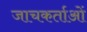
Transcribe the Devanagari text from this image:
जाचकर्ताओं